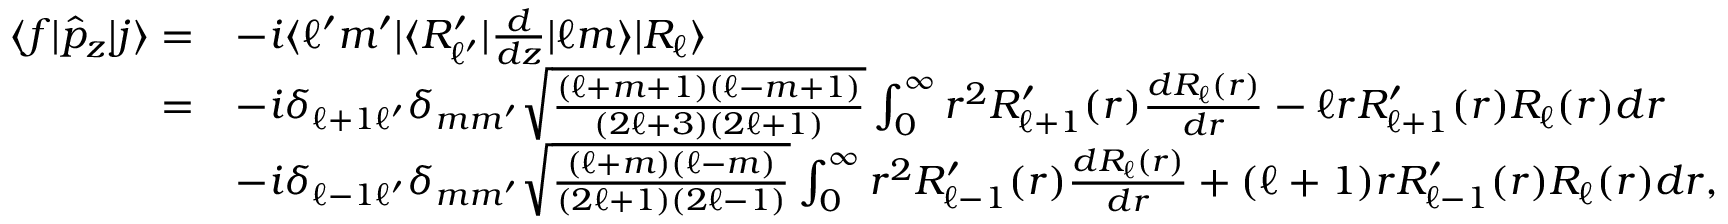
\begin{array} { r l } { \langle f | \hat { p } _ { z } | j \rangle = } & { - i \langle \ell ^ { \prime } m ^ { \prime } | \langle R _ { \ell ^ { \prime } } ^ { \prime } | \frac { d } { d z } | \ell m \rangle | R _ { \ell } \rangle } \\ { = } & { - i \delta _ { \ell + 1 \ell ^ { \prime } } \delta _ { m m ^ { \prime } } \sqrt { \frac { ( \ell + m + 1 ) ( \ell - m + 1 ) } { ( 2 \ell + 3 ) ( 2 \ell + 1 ) } } \int _ { 0 } ^ { \infty } r ^ { 2 } R _ { \ell + 1 } ^ { \prime } ( r ) \frac { d R _ { \ell } ( r ) } { d r } - \ell r R _ { \ell + 1 } ^ { \prime } ( r ) R _ { \ell } ( r ) d r } \\ & { - i \delta _ { \ell - 1 \ell ^ { \prime } } \delta _ { m m ^ { \prime } } \sqrt { \frac { ( \ell + m ) ( \ell - m ) } { ( 2 \ell + 1 ) ( 2 \ell - 1 ) } } \int _ { 0 } ^ { \infty } r ^ { 2 } R _ { \ell - 1 } ^ { \prime } ( r ) \frac { d R _ { \ell } ( r ) } { d r } + ( \ell + 1 ) r R _ { \ell - 1 } ^ { \prime } ( r ) R _ { \ell } ( r ) d r , } \end{array}